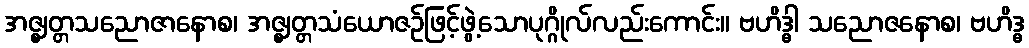
အဇ္ဈတ္တသညောဇာနောစ၊ အဇ္ဈတ္တသံယောဇဉ်ဖြင့်ဖွဲ့သောပုဂ္ဂိုလ်လည်းကောင်း။ ဗဟိဒ္ဓါ သညောဇနောစ၊ ဗဟိဒ္ဓ